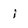
Character: i